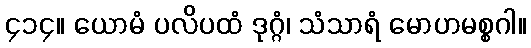
၄၁၄။ ယောမံ ပလိပထံ ဒုဂ္ဂံ၊ သံသာရံ မောဟမစ္စဂါ။